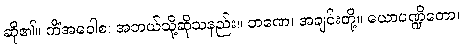
ဆို၏။ ကိံအဝေါစ၊ အဘယ်သို့ဆိုသနည်း။ ဘဏေ၊ အချင်းတို့။ ယောပဏ္ဍိတော၊